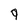
Character: 9